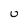
Character: U